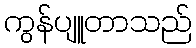
ကွန်ပျူတာသည်